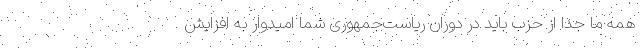
همه ما جدا از حزب باید در دوران ریاست‌جمهوری شما امیدوار به افزایش